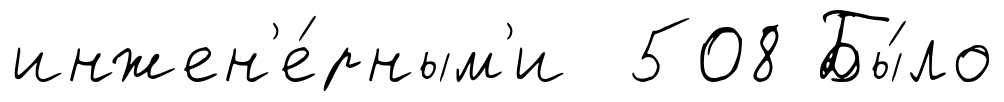
инжен'е́рным'и 508 Бы́ло